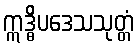
ဣဒ္ဓိပဒေသသုတ္တံ